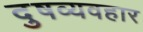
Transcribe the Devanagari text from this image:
दुषव्यवहार